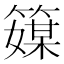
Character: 𥴘